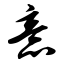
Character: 意